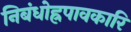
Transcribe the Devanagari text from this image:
निबंधोह्रपावकारि